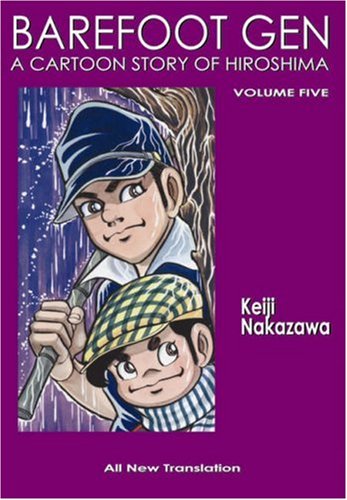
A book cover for Barefoot Gen Volume Five: The Never-Ending War (Paperback); Keiji Nakazawa; Comics & Graphic Novels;